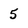
Character: 5